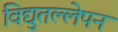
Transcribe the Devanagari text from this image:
विद्युतल्लेपन